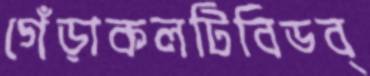
গেঁড়াকলটিবিডব্